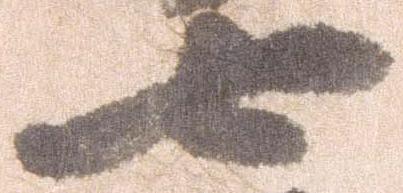
七